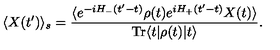
\langle X ( t ^ { \prime } ) \rangle _ { s } = \frac { \langle e ^ { - i H _ { - } ( t ^ { \prime } - t ) } \rho ( t ) e ^ { i H _ { + } ( t ^ { \prime } - t ) } X ( t ) \rangle } { \mathrm { T r } \langle t | \rho ( t ) | t \rangle } .